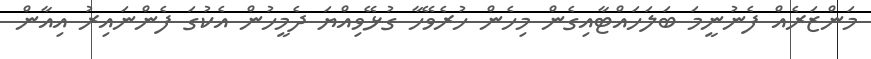
މަންޒަރެެއް ފެނުނީމަ ބަލަހައްޓާއިގެން މިހެން ހުރެވޭހާ ގުޅޭވިއްޔަ ދެމީހުންް އެކުގަ ފެންނައިރު އިއާން